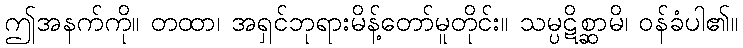
ဤအနက်ကို။ တထာ၊ အရှင်ဘုရားမိန့်တော်မူတိုင်း။ သမ္ပဋိစ္ဆာမိ၊ ဝန်ခံပါ၏။